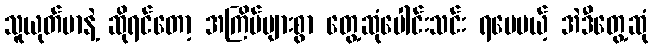
သူယုတ်မာနဲ့ ဆိုရင်တော့ အကြိမ်များစွာ တွေ့ဆုံပေါင်းသင်း ရပေမယ့် အဲဒီတွေ့ဆုံ